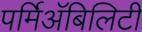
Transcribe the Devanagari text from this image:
पर्मिअॅबिलिटी